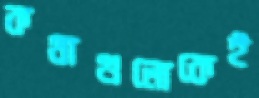
কথাগুলোকেই